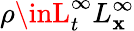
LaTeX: \rho\inL_{t}^{\infty}L_{\mathbf{x}}^{\infty}